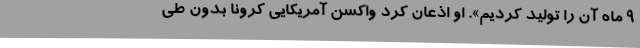
۹ ماه آن را تولید کردیم». او اذعان کرد واکسن آمریکایی کرونا بدون طی